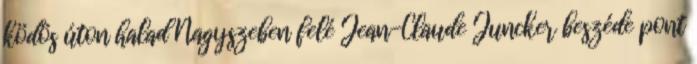
ködös úton halad Nagyszeben felé Jean-Claude Juncker beszéde pont